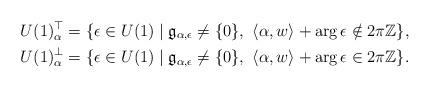
LaTeX: \begin{align*}U(1)_\alpha^\top &= \{\epsilon \in U(1) \mid \mathfrak{g}_{\alpha, \epsilon} \neq \{0\}, \ \langle \alpha, w \rangle+ \arg \epsilon \notin 2 \pi \mathbb{Z}\},\\U(1)_\alpha^\perp &= \{\epsilon \in U(1) \mid \mathfrak{g}_{\alpha, \epsilon} \neq \{0\}, \ \langle \alpha, w \rangle + \arg \epsilon \in 2 \pi \mathbb{Z}\}.\end{align*}